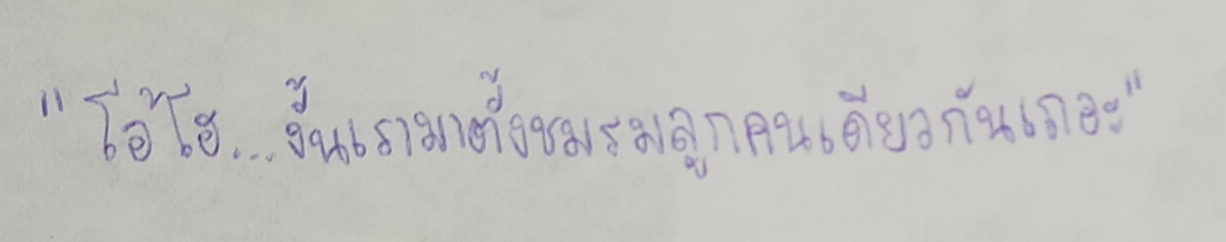
"โอ้โฮ...งั้นเรามาตั้งชมรมลูกคนเดียวกันเถอะ"